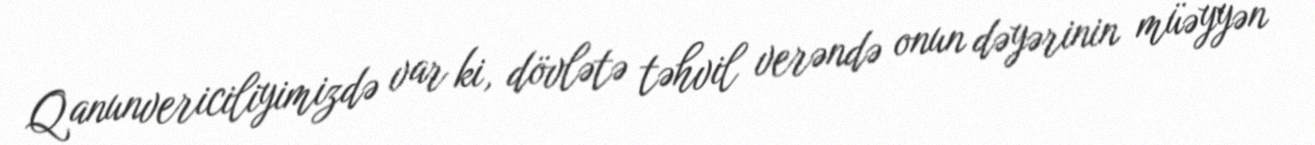
Qanunvericiliyimizdə var ki, dövlətə təhvil verəndə onun dəyərinin müəyyən